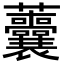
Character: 𧆔